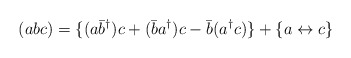
\begin{align*}(abc) = \{ (a \bar{b}^{\dagger}) c + (\bar{b} a^{\dagger}) c- \bar{b} (a^{\dagger} c) \} + \{ a \leftrightarrow c \}\end{align*}